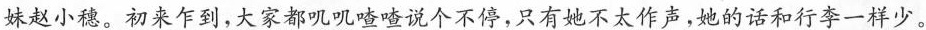
妹赵小穗。初来乍到，大家都叽喳喳说个不停，只有地不文作声，地的话和行乎一样少。